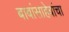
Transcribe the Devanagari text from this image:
बाबांसाहेबांचा